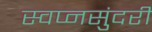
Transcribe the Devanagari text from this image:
स्वप्नसुंदरी